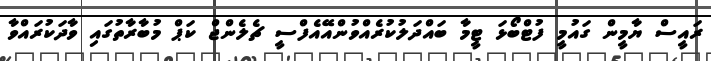
ރައީސް ޔާމީން ގައުމީ ފުޓްބޯޅަ ޓީމާ ބައްދަލުކުރެއްވުންއޭއެފްސީ ޗެލެންޖް ކަޕް މުބާރާތުގައި ވާދަކުރައްވާ